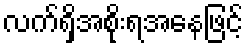
လက်ရှိအစိုးရအနေဖြင့်